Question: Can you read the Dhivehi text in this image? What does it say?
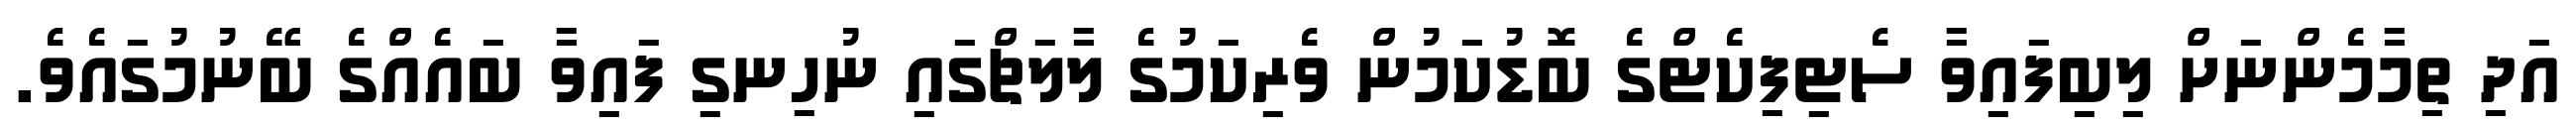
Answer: އަދި ތިމާމެންނަށް ލިބިފައިވާ ސެޓިފިކެޓްގެ ބޮޑުކަމުން ވެރިކަމުގެ ލާލަޗްގައި ނުހިނގި ފައިވާ ބައެއްގެ ބޭނުމުގައެވެ.